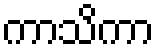
ကာသိကာ